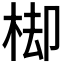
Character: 𣒗